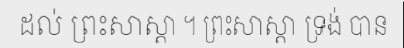
ដល់ ព្រះសាស្តា ។ ព្រះសាស្តា ទ្រង់ បាន